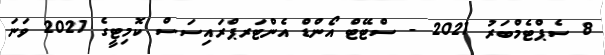
8 ސެޕްޓެމްބަރު 2021 - ސްޓޭޓް އޯންޑް އެންޓަރޕްރައިސަސް ކޮމިޓީގެ 2021 ވަނަ